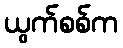
ယွက်စစ်က